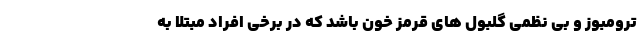
ترومبوز و بی نظمی گلبول های قرمز خون باشد که در برخی افراد مبتلا به